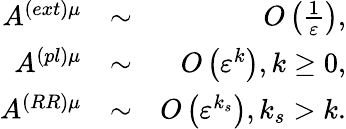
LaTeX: \begin{array}{rlr}{A^{\left(ext\right)\mu}}&{\sim}&{O\left(\frac{1}{\varepsilon}\right),}\\ {A^{\left(pl\right)\mu}}&{\sim}&{O\left(\varepsilon^{k}\right),k\geq 0,}\\ {A^{\left(RR\right)\mu}}&{\sim}&{O\left(\varepsilon^{k_{s}}\right),k_{s}>k.}\end{array}